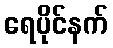
ရေပိုင်နက်